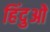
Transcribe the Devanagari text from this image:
हिंदुओें